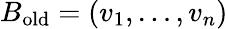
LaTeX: B_{\mathrm{old}}=(v_{1},\ldots,v_{n})